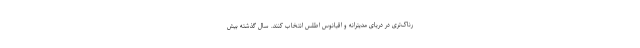
رناک‌تری در دریای مدیترانه و اقیانوس اطلس انتخاب کنند. سال گذشته بیش